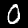
Digit: 0